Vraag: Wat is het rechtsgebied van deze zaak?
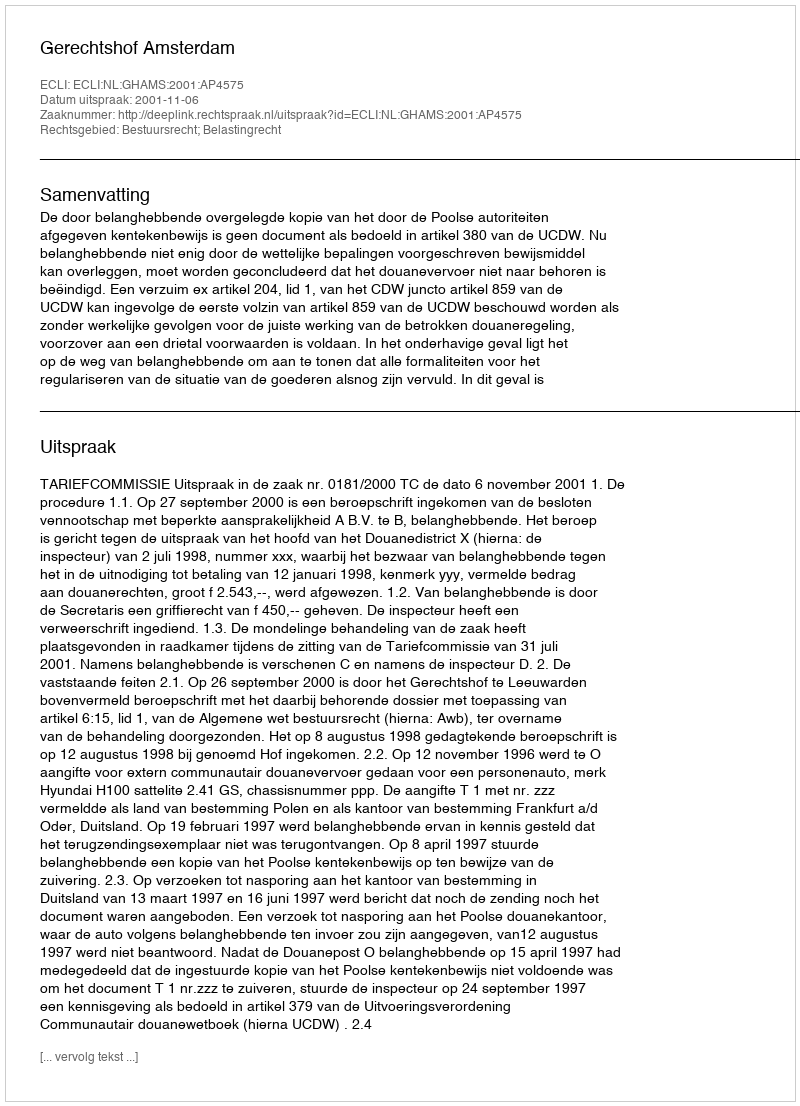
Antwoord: Bestuursrecht; Belastingrecht